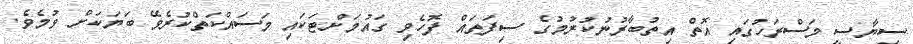
ސިޔާސީ މަސްރަހުގައި އޮތް އިތުބާރުނުކުރުމުގެ ސިފަތައް ފޮހެވި ގައުމަށްޓަކައި މަސައްކަތްކުރެވޭ ބަޔަކަށް ވުމެވެ.